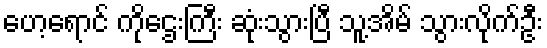
ဟေ့ရောင် ကိုဌေးကြီး ဆုံးသွားပြီ သူ့အိမ် သွားလိုက်ဦး